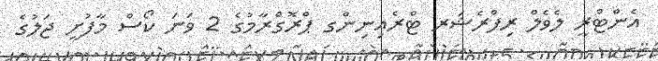
އެންޓްރީ ލެވެލް ރިފްރެޝަރ ޓްރެއިނިންގ ޕްރޮގްރާމުގެ 2 ވަނަ ކޯސް މާފުށީ ޖަލުގެ